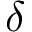
\delta